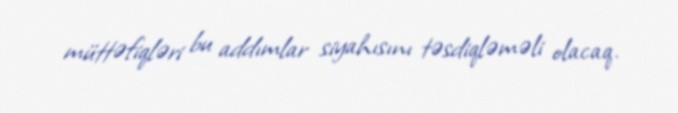
müttəfiqləri bu addımlar siyahısını təsdiqləməli olacaq.